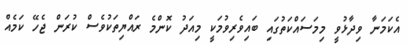
އެކަމަނާ ވިދާޅުވީ މިމަސައްކަތުގައި ބައިވެރިވުމަކީ މިއަދު ކޮންމެ ރައްޔިތަކުވެސް ކުރަން ޖެހޭ ކަމެއް